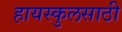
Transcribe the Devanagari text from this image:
हायस्‍कुलसाठी